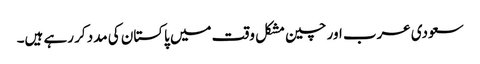
سعودی عرب اور چین مشکل وقت میں پاکستان کی مدد کر رہے ہیں۔